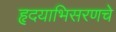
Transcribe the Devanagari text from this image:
हृदयाभिसरणचे